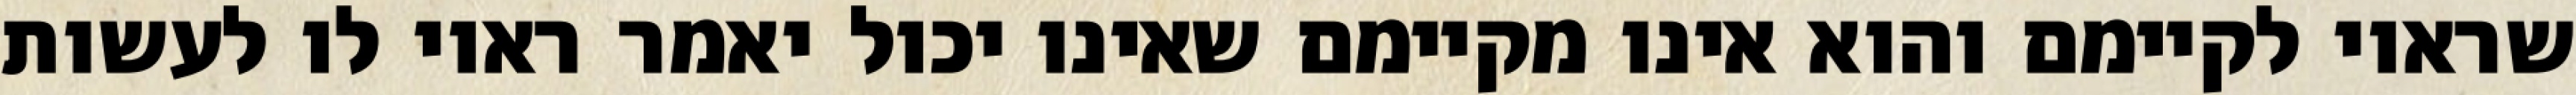
שראוי לקיימם והוא אינו מקיימם שאינו יכול יאמר ראוי לו לעשות